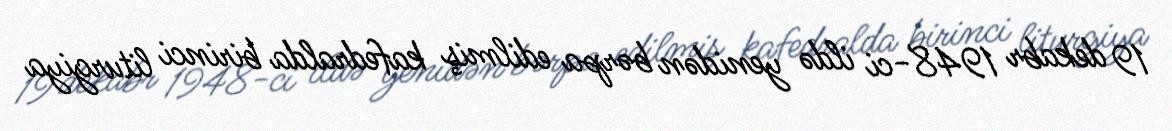
19 dekabr 1948-ci ildə yenidən bərpa edilmiş kafedralda birinci liturgiya